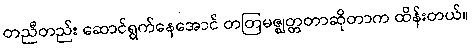
တညီတည်း ဆောင်ရွက်နေအောင် တတြမဇ္ဈတ္တတာဆိုတာက ထိန်းတယ်။